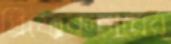
প্রিফেকচারের